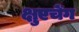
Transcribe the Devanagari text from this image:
क्षुएचेंग